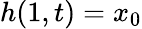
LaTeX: h(1,t)=x_{0}